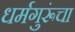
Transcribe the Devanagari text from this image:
धर्मगुरूंचा